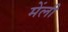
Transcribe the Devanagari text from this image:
मेंली